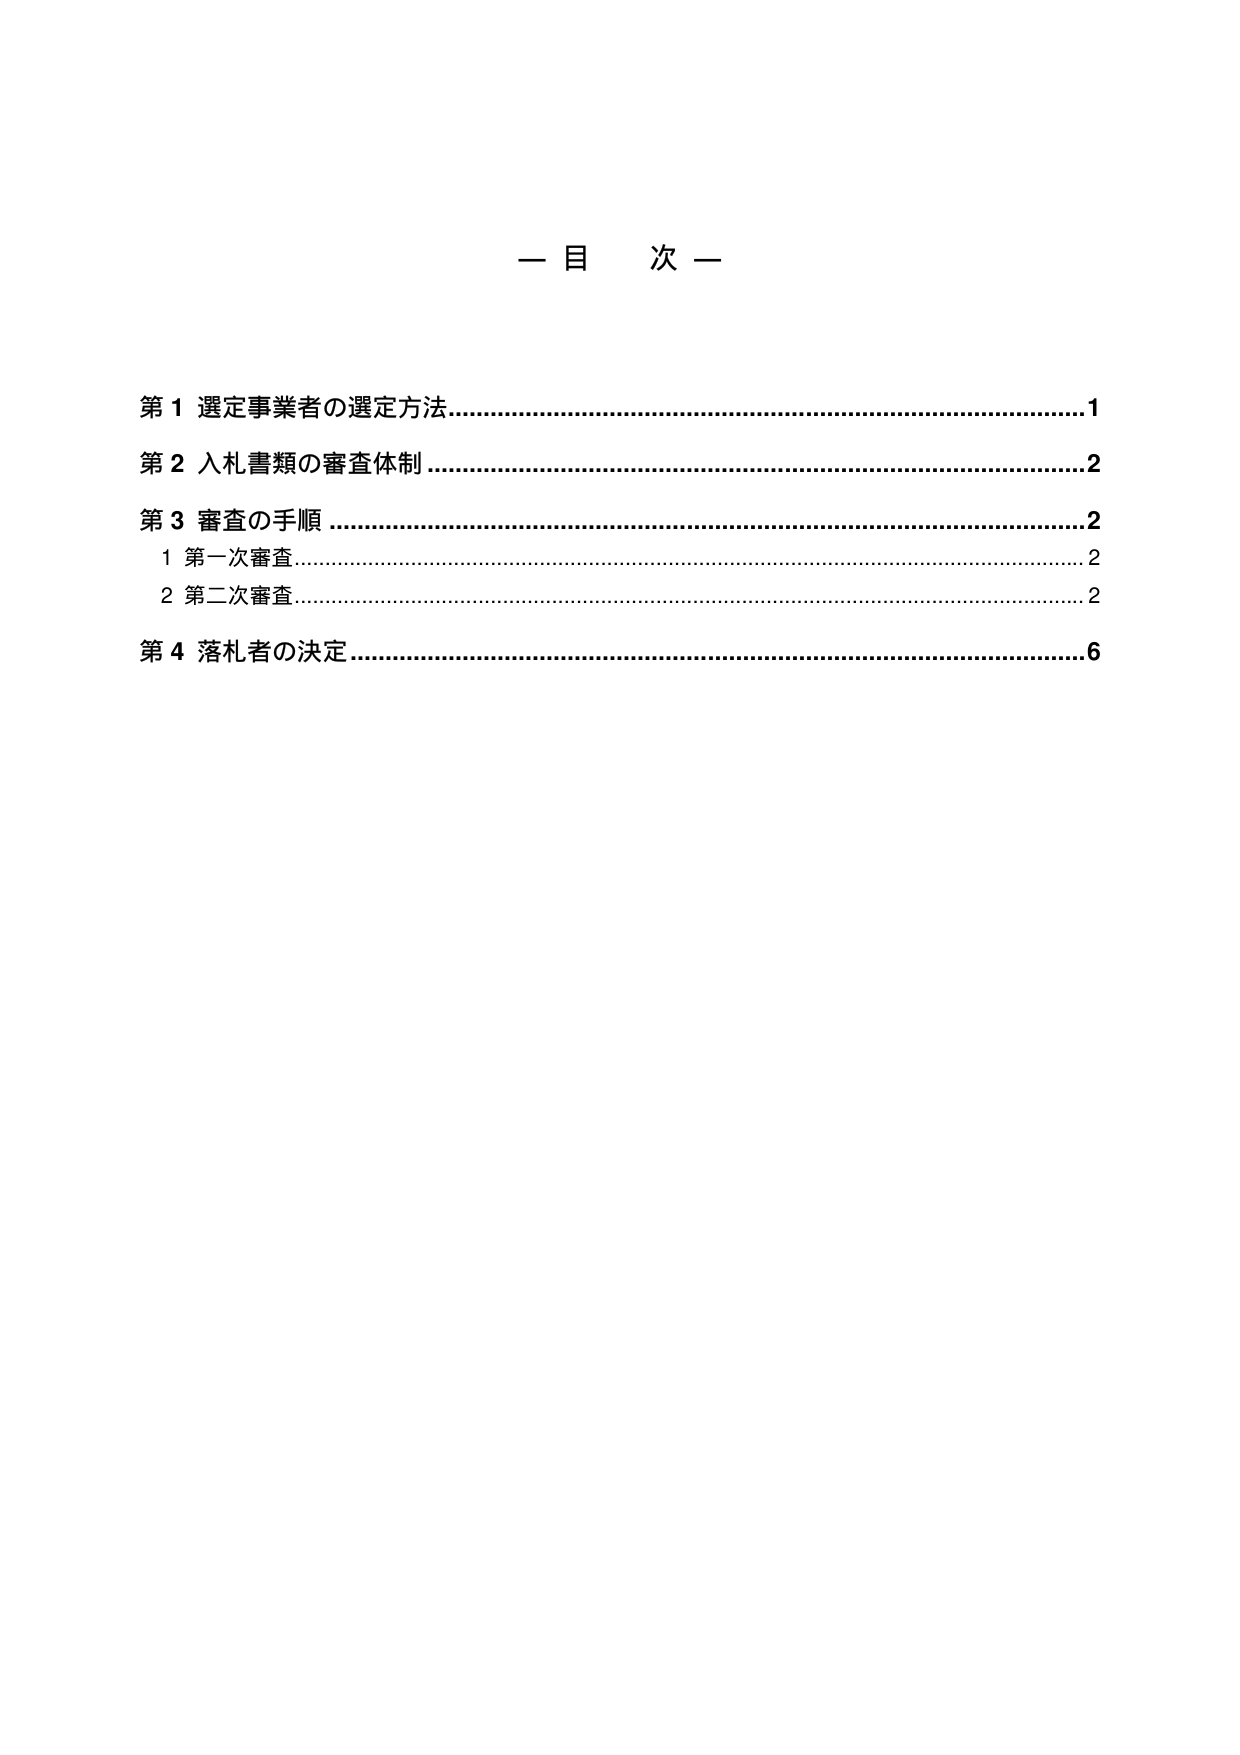
一 目 次 一

第１ 選定事業者の選定方法……………………………………………………………1
第２ 入札書類の審査体制……………………………………………………………2
第３ 審査の手順………………………………………………………………………2
　１ 第一次審査………………………………………………………………………2
　２ 第二次審査………………………………………………………………………2
第４ 落札者の決定……………………………………………………………………6